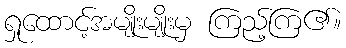
ရှုထောင့်အမျိုးမျိုးမှ ကြည့်ကြ၏။